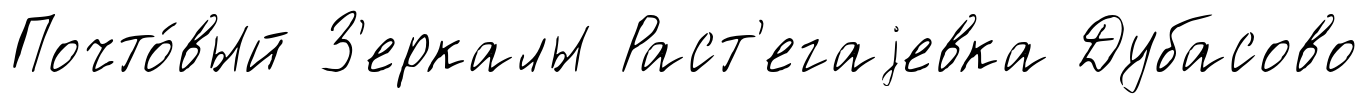
Почто́вый З'еркалы Раст'егаjевка Дубасово